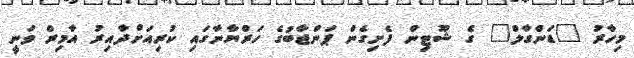
މިހާރު "ޑަންގާލް" ގެ ޝޫޓިން ފެށިގެން ޕަންޖާާބުގެ ހަރްޔާނާގައި ކުރިއަށްދާއިރު އާމިރް ވަނީ